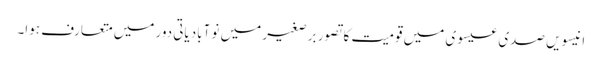
انیسویں صدی عیسوی میں قومیت کا تصور برصغیر میں نو آبادیاتی دور میں متعارف ہوا۔